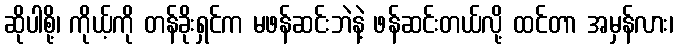
ဆိုပါစို့၊ ကိုယ့်ကို တန်ခိုးရှင်က မဖန်ဆင်းဘဲနဲ့ ဖန်ဆင်းတယ်လို့ ထင်တာ အမှန်လား၊